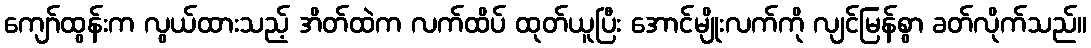
ကျော်ထွန်းက လွယ်ထားသည့် အိတ်ထဲက လက်ထိပ် ထုတ်ယူပြီး အောင်မျိုးလက်ကို လျင်မြန်စွာ ခတ်လိုက်သည်။